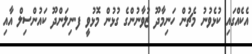
އެކެއްގައި ކުޅެވުނު މެޗުން ހަނިމާދޫ ޒުވާނުންގެ ގުޅުން މޮޅުވީ ފ.ނިލަންދޫ ކައުންސިލް އާއި